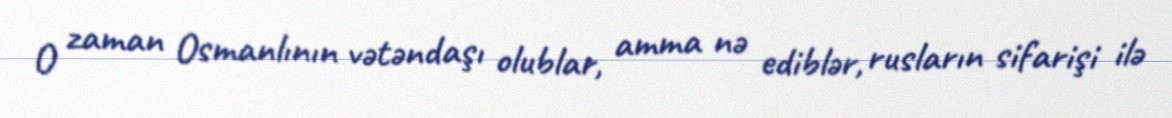
O zaman Osmanlının vətəndaşı olublar, amma nə ediblər, rusların sifarişi ilə